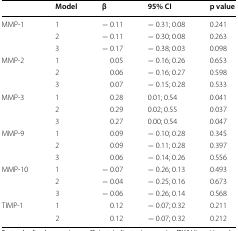
<table><thead><tr><td></td><td><b>Model</b></td><td><b>β</b></td><td><b>95% CI</b></td><td><b>p value</b></td></tr></thead><tbody><tr><td>MMP-1</td><td>1</td><td>− 0.11</td><td>− 0.31; 0.08</td><td>0.241</td></tr><tr><td></td><td>2</td><td>− 0.11</td><td>− 0.30; 0.08</td><td>0.263</td></tr><tr><td></td><td>3</td><td>− 0.17</td><td>− 0.38; 0.03</td><td>0.098</td></tr><tr><td>MMP-2</td><td>1</td><td>0.05</td><td>− 0.16; 0.26</td><td>0.653</td></tr><tr><td></td><td>2</td><td>0.06</td><td>− 0.16; 0.27</td><td>0.598</td></tr><tr><td></td><td>3</td><td>0.07</td><td>− 0.15; 0.28</td><td>0.533</td></tr><tr><td>MMP-3</td><td>1</td><td>0.28</td><td>0.01; 0.54</td><td>0.041</td></tr><tr><td></td><td>2</td><td>0.29</td><td>0.02; 0.55</td><td>0.037</td></tr><tr><td></td><td>3</td><td>0.27</td><td>0.00; 0.54</td><td>0.047</td></tr><tr><td>MMP-9</td><td>1</td><td>0.09</td><td>− 0.10; 0.28</td><td>0.345</td></tr><tr><td></td><td>2</td><td>0.09</td><td>− 0.11; 0.28</td><td>0.397</td></tr><tr><td></td><td>3</td><td>0.06</td><td>− 0.14; 0.26</td><td>0.556</td></tr><tr><td>MMP-10</td><td>1</td><td>− 0.07</td><td>− 0.26; 0.13</td><td>0.493</td></tr><tr><td></td><td>2</td><td>− 0.04</td><td>− 0.25; 0.16</td><td>0.673</td></tr><tr><td></td><td>3</td><td>− 0.06</td><td>− 0.26; 0.14</td><td>0.568</td></tr><tr><td>TIMP-1</td><td>1</td><td>0.12</td><td>− 0.07; 0.32</td><td>0.211</td></tr><tr><td></td><td>2</td><td>0.12</td><td>− 0.07; 0.32</td><td>0.212</td></tr></tbody></table>